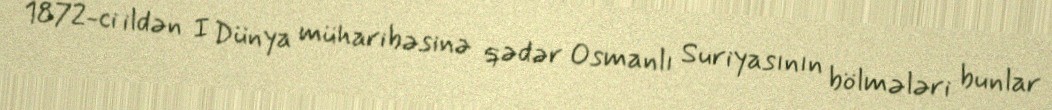
1872-ci ildən I Dünya müharibəsinə qədər Osmanlı Suriyasının bölmələri bunlar